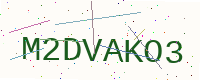
Text: M2DVAKO3